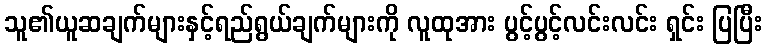
သူ၏ယူဆချက်များနှင့်ရည်ရွယ်ချက်များကို လူထုအား ပွင့်ပွင့်လင်းလင်း ရှင်း ပြပြီး